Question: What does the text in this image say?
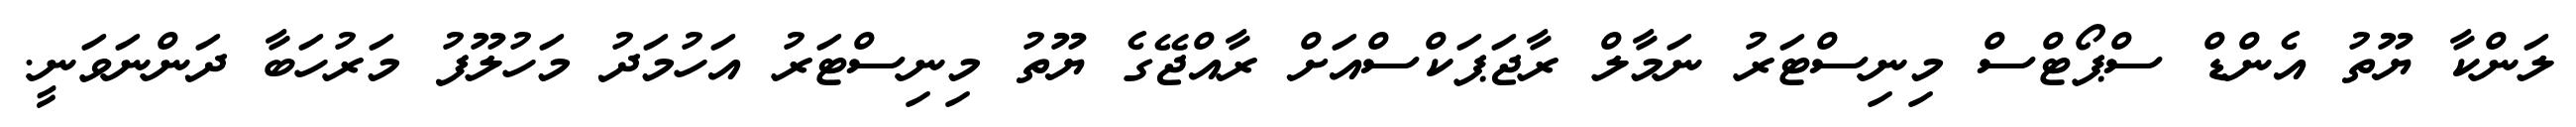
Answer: ލަންކާ ޔޫތު އެންޑް ސްޕޯޓްސް މިނިސްޓަރު ނަމާލް ރާޖަޕަކްސްއަށް ރާއްޖޭގެ ޔޫތު މިނިސްޓަރު އަހުމަދު މަހުލޫފު މަރުހަބާ ދަންނަވަނީ.